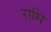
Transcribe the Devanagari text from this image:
रामि